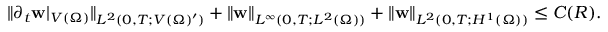
\| \partial _ { t } \mathbf { w } | _ { V ( \Omega ) } \| _ { L ^ { 2 } ( 0 , T ; V ( \Omega ) ^ { \prime } ) } + \| \mathbf { w } \| _ { L ^ { \infty } ( 0 , T ; L ^ { 2 } ( \Omega ) ) } + \| \mathbf { w } \| _ { L ^ { 2 } ( 0 , T ; H ^ { 1 } ( \Omega ) ) } \leq C ( R ) .